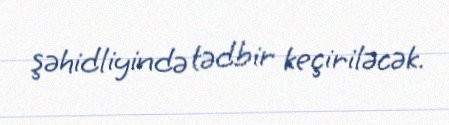
şəhidliyində tədbir keçiriləcək.